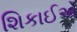
શિકાઈએ